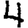
Digit: 4